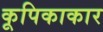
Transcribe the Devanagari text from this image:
कूपिकाकार